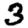
Digit: 3